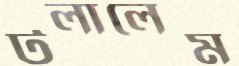
টলালেম